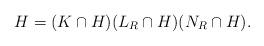
LaTeX: \begin{align*} H = (K\cap H)(L_R\cap H)(N_R\cap H). \end{align*}